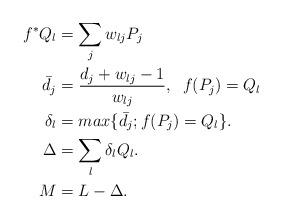
LaTeX: \begin{align*}f^*Q_l &= \sum_jw_{lj}P_j \\ \bar{d_j} &=\frac{d_j+w_{lj}-1}{w_{lj}},\; \; f(P_j)=Q_l \\\delta_l &= max\{ \bar{d_j}; f(P_j)=Q_l \}.\\\Delta &= \sum_l \delta_l Q_l .\\M &= L-\Delta .\\\end{align*}